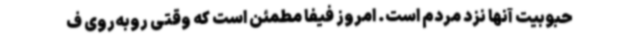
حبوبیت آنها نزد مردم است. امروز فیفا مطمئن است که وقتی روبه‌روی ف